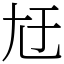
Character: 㝼